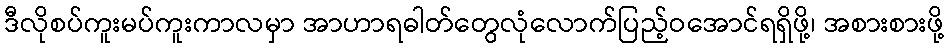
ဒီလိုစပ်ကူးမပ်ကူးကာလမှာ အာဟာရဓါတ်တွေလုံလောက်ပြည့်ဝအောင်ရရှိဖို့၊ အစားစားဖို့